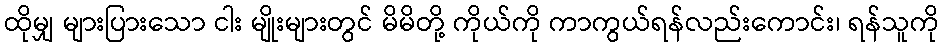
ထိုမျှ များပြားသော ငါး မျိုးများတွင် မိမိတို့ ကိုယ်ကို ကာကွယ်ရန်လည်းကောင်း၊ ရန်သူကို